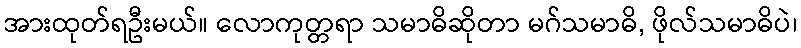
အားထုတ်ရဦးမယ်။ လောကုတ္တရာ သမာဓိဆိုတာ မဂ်သမာဓိ, ဖိုလ်သမာဓိပဲ၊